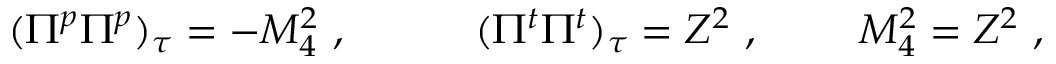
( \Pi ^ { p } \Pi ^ { p } ) _ { \tau } = - M _ { 4 } ^ { 2 } \ , \ \ \ \qquad ( \Pi ^ { t } \Pi ^ { t } ) _ { \tau } = Z ^ { 2 } \ , \ \qquad M _ { 4 } ^ { 2 } = Z ^ { 2 } \ ,